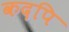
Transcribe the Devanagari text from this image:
कदपि